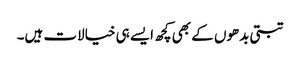
تبتی بدھوں کے بھی کچھ ایسے ہی خیالات ہیں۔